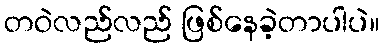
တဝဲလည်လည် ဖြစ်နေခဲ့တာပါပဲ။